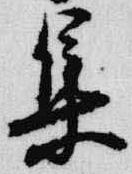
集